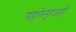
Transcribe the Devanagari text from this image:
पहलेनूरजहाँ